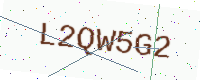
Text: L2QW5G2